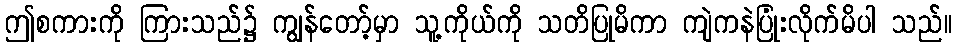
ဤစကားကို ကြားသည်၌ ကျွန်တော့်မှာ သူ့ကိုယ်ကို သတိပြုမိကာ ကျဲကနဲပြုံးလိုက်မိပါ သည်။